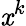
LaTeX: \mathit{x}^{k}